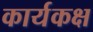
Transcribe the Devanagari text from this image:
कार्यकक्ष